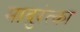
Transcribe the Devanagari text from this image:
मादुरंत्का